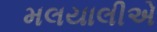
મલયાલીએ